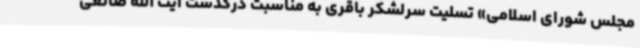
مجلس شورای اسلامی» تسلیت سرلشکر باقری به مناسبت درگذشت آیت الله صانعی